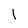
Character: 1